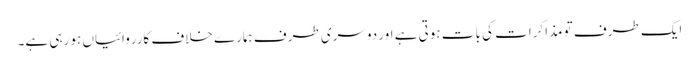
ایک طرف تو مذاکرات کی بات ہوتی ہے اور دوسری طرف ہمارے خلاف کارروائیاں ہو رہی ہے۔